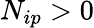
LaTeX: N_{ip}>0